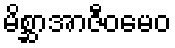
မိစ္ဆာအာဇီဝမေဝ